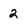
Character: 2